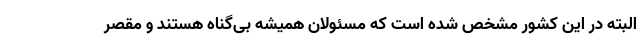
البته در این کشور مشخص شده است که مسئولان همیشه بی‌گناه هستند و مقصر